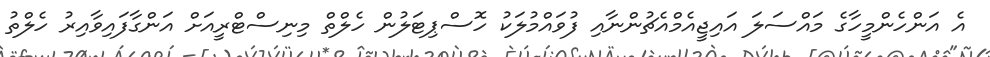
އެ އަންހެންމީހާގެ މައްސަލަ އައިޖީއެމްއެޗުންނާއި ފުވައްމުލަކު ހޮސްޕިޓަލުން ހެލްތް މިނިސްޓްރީއަށް އަންގާފައިވާއިރު ހެލްތު